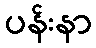
ပန်းနာ